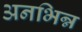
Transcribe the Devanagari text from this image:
अनभिन्न